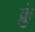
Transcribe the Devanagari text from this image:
क्रुं